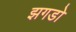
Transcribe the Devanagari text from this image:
झगडो